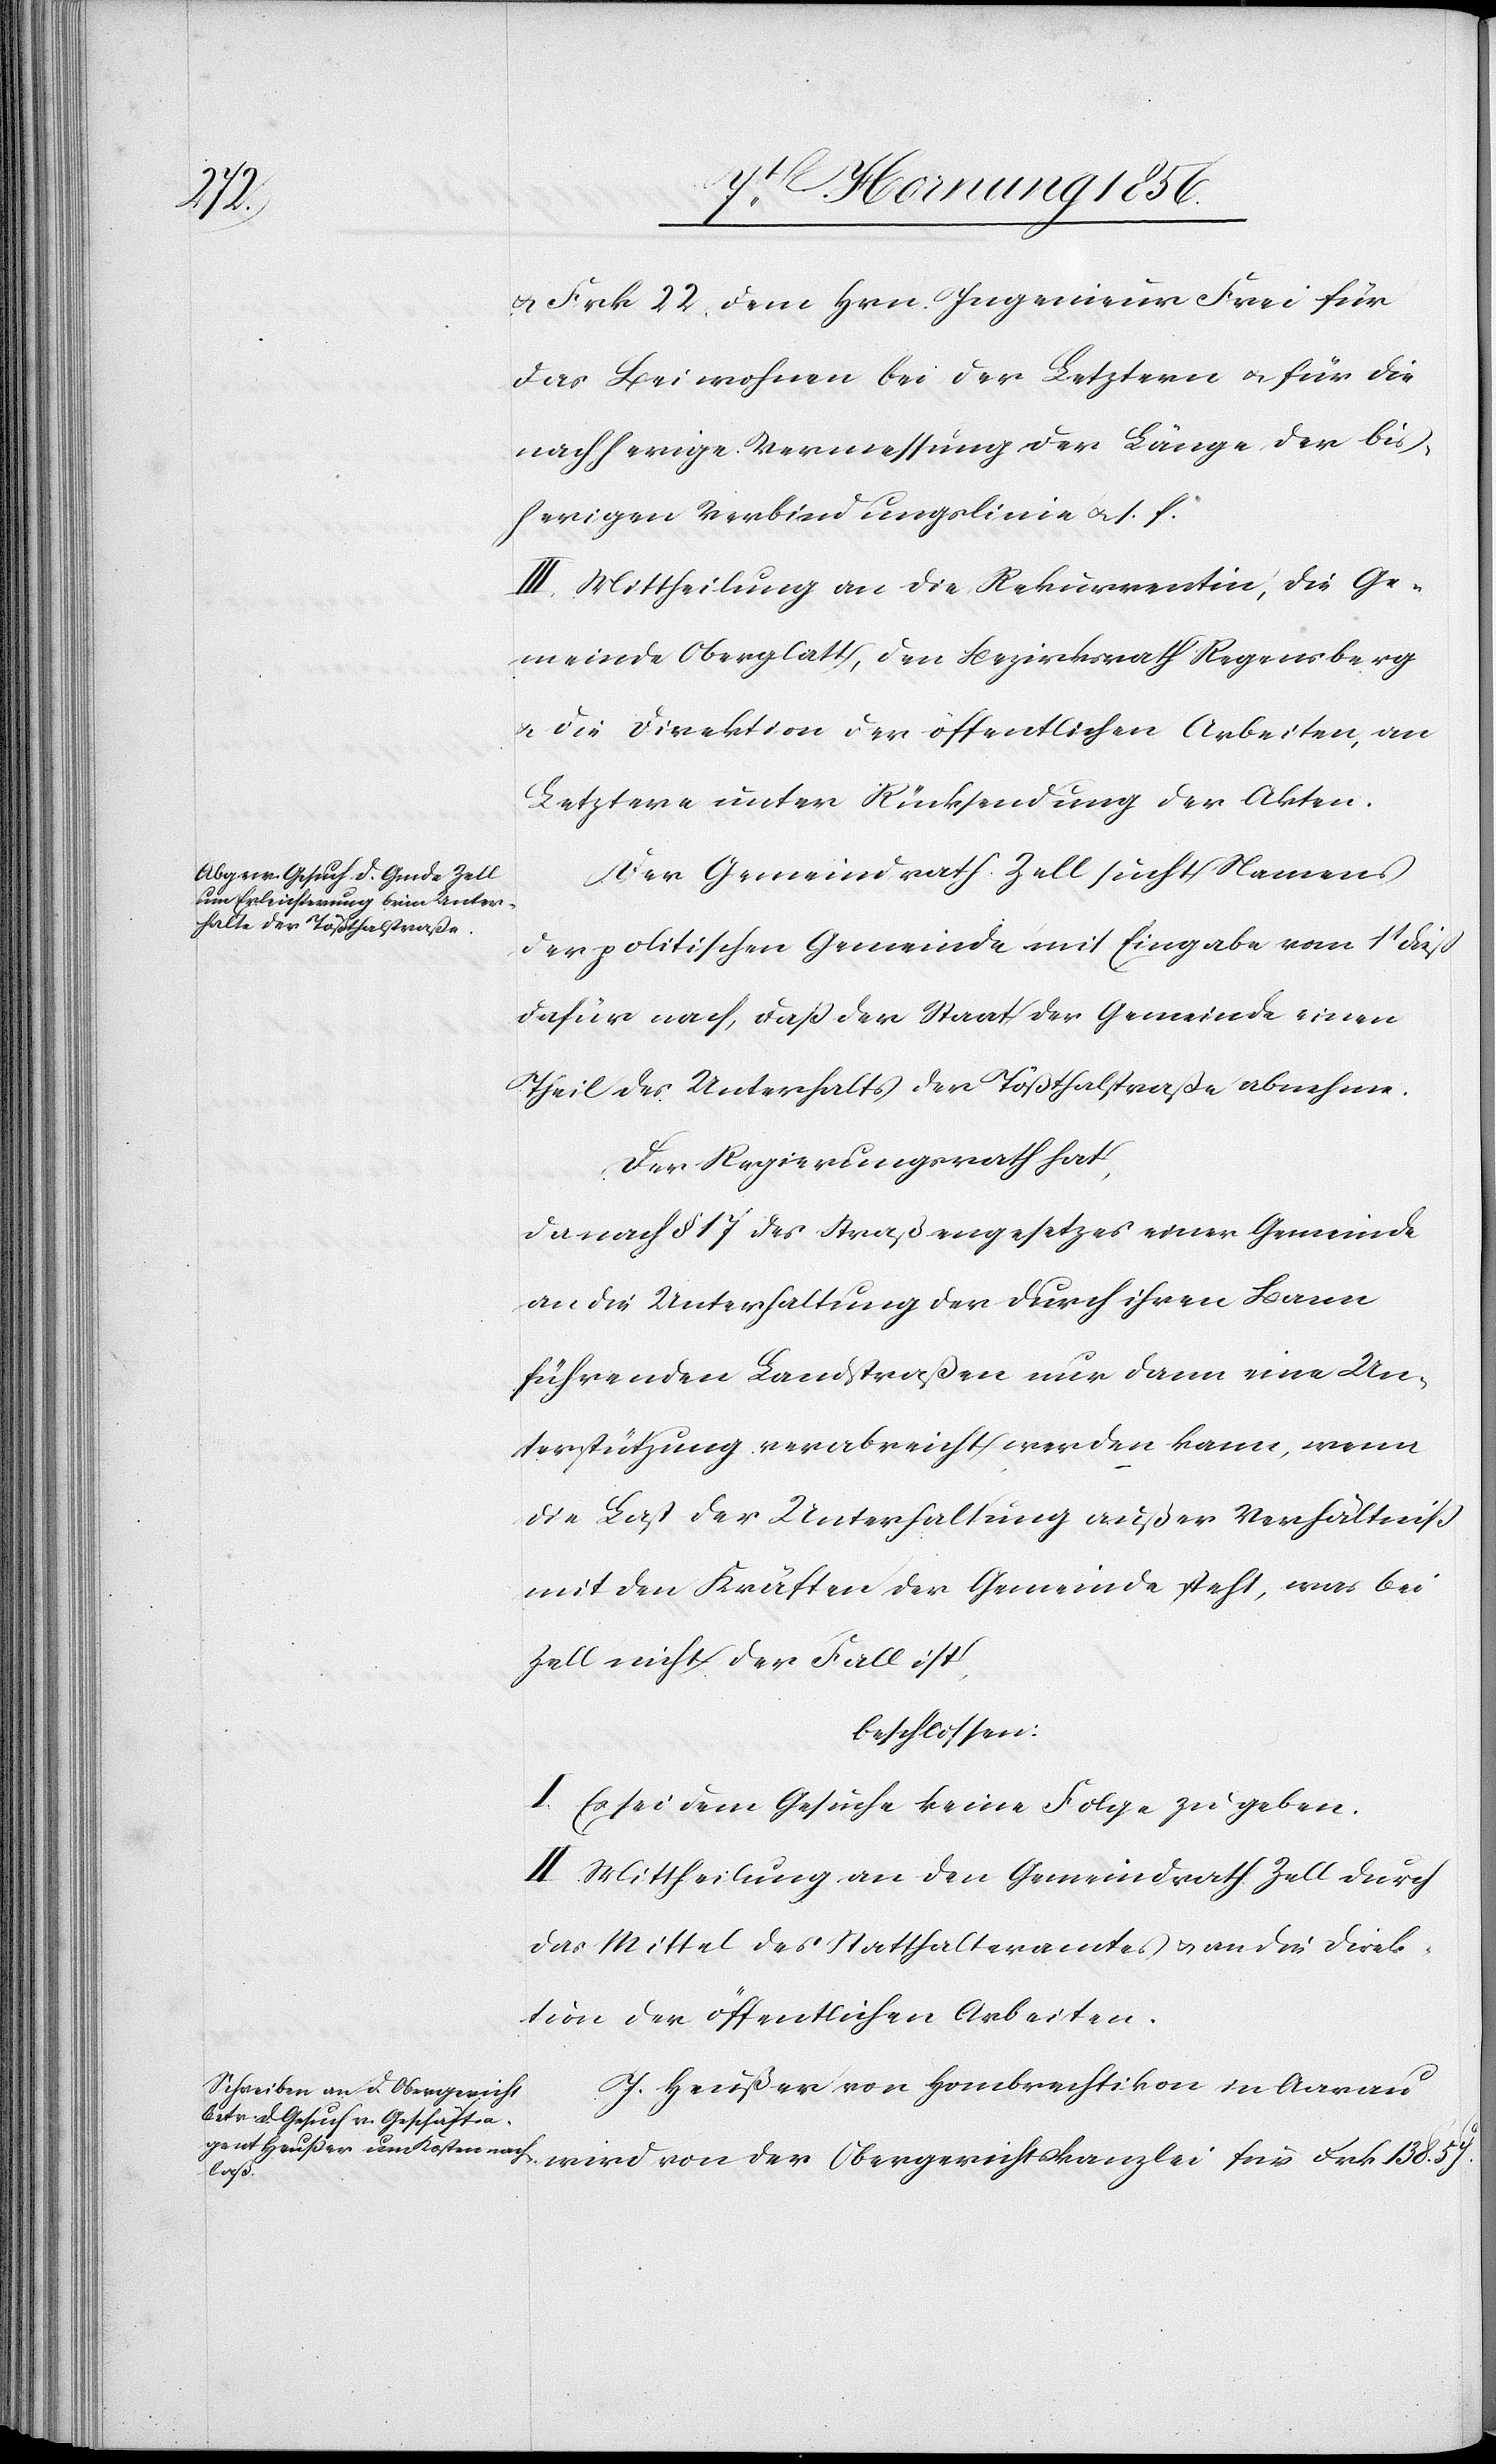
138.
u. Frk 22, dem Hrn. Ingenieur Frei für
das Beiwohnen bei der Letztern u. für die
nachherige Vermessung der Länge der bis¬
herigen Verbindungslinie u. s. f.
III. Mittheilung an die Rekurrentin, die Ge¬
meinde Oberglatt, den Bezirksrath Regensberg
u. die Direktion der öffentlichen Arbeiten, an
Letztere unter Rücksendung der Akten.
Der Gemeindrath Zell sucht Namens
der politischen Gemeinde mit Eingabe vom 1t dieß
dafür nach, daß der Staat der Gemeinde einen
Theil des Unterhalts der Tößthalstraße abnehme.
Der Regierungsrath hat,
da nach § 17 des Straßengesetzes einer Gemeinde
an die Unterhaltung der durch ihren Bann
führenden Landstraßen nur dann eine Un¬
terstützung verabreicht werden kann, wenn
die Last der Unterhaltung außer Verhältniß
mit den Kräften der Gemeinde steht, was bei
Zell nicht der Fall ist,
beschlossen:
I. Es sei dem Gesuche keine Folge zu geben.
II. Mittheilung an den Gemeindrath Zell durch
das Mittel des Statthalteramtes u. an die Direk¬
tion der öffentlichen Arbeiten.
J. Heußer von Hombrechtikon in Aarau